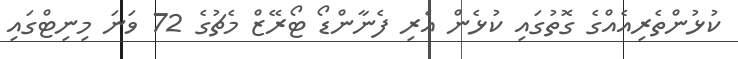
ކުޅުންތެރިއެއްގެ ގޮތުގައި ކުޅެން އެރި ފެނާންޑޯ ޓޯރޭޒް މެޗުގެ 72 ވަނަ މިނިޓްގައި